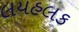
લયહલક